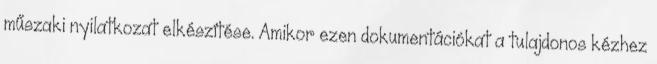
műszaki nyilatkozat elkészítése. Amikor ezen dokumentációkat a tulajdonos kézhez